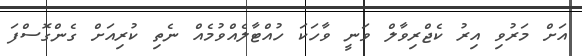
އަށް މަރުވި އިރު ކެޖްރިވާލް ވަނީ ވާހަކަ ހުއްޓާލެއްވުމެއް ނެތި ކުރިއަށް ގެންގޮސްފަ